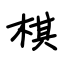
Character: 棋